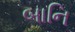
બાનિ